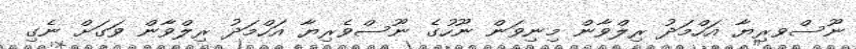
ނޫސްވރިޔާ އަހްމަދު ރިލްވާން މިނިވަން ނޫހުގެ ނޫސްވެރިޔާ އަހްމަދު ރިލްވާން ވަގަށް ނެގި